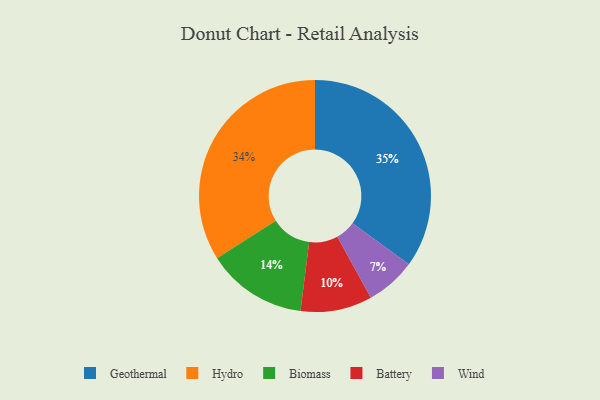
{"axis": {"x": "Category", "y": "Percentage"}, "legend": ["Battery", "Biomass", "Geothermal", "Hydro", "Wind"], "data": [{"x": "Wind", "y": 7, "type": "Wind"}, {"x": "Biomass", "y": 14, "type": "Biomass"}, {"x": "Battery", "y": 10, "type": "Battery"}, {"x": "Geothermal", "y": 35, "type": "Geothermal"}, {"x": "Hydro", "y": 34, "type": "Hydro"}]}